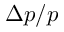
\Delta p / p